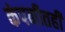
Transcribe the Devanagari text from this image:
कंपनीतही